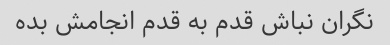
نگران نباش قدم به قدم انجامش بده